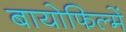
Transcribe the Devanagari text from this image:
बायोफिल्में